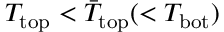
T _ { \mathrm { t o p } } < \bar { T } _ { \mathrm { t o p } } ( < T _ { \mathrm { b o t } } )